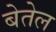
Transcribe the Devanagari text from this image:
बेतेल